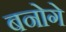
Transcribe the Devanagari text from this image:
बनोगे